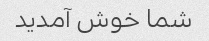
شما خوش آمدید